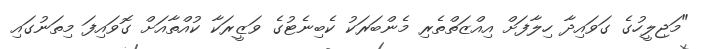
"މަޖިލީހުގެ ގަވައިދާ ހިލާފަށް އިއްޒަތްތެރި މެންބަރަކު ކެބިނެޓުގެ ވަޒީރަކާ ކުއްތާއަށް ގޮވައިފަ މިތަނުގައި